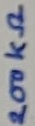
Text: 200KΩ